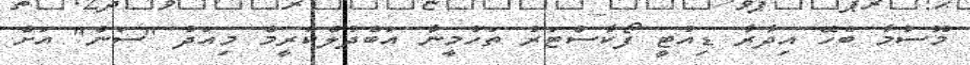
މޫސުމާ ބެހޭ އިދާރާ ޑިއުޓީ ފޯކާސްޓަރު ތަހުމީނާ އަބްދުލްކަރީމް މިއަދު "ސަން" އަށް